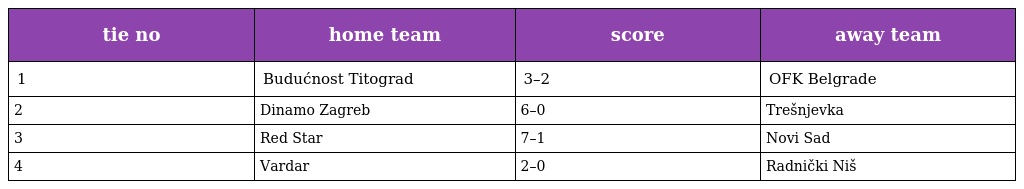
| tie no | home team | score | away team |
 | --- | --- | --- | --- |
 | 1 | Budućnost Titograd | 3–2 | OFK Belgrade |
 | 2 | Dinamo Zagreb | 6–0 | Trešnjevka |
 | 3 | Red Star | 7–1 | Novi Sad |
 | 4 | Vardar | 2–0 | Radnički Niš |